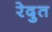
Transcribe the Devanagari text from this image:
रेदुत